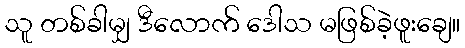
သူ တစ်ခါမျှ ဒီလောက် ဒေါသ မဖြစ်ခဲ့ဖူးချေ။